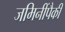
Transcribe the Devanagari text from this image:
जमिनींपैकी